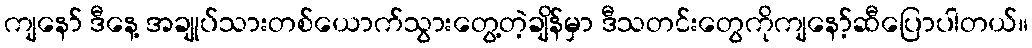
ကျနော် ဒီနေ့ အချုပ်သားတစ်ယောက်သွားတွေ့တဲ့ချိန်မှာ ဒီသတင်းတွေကိုကျနော့်ဆီပြောပါတယ်။